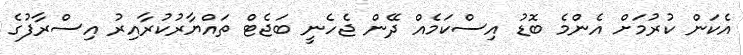
އެކަން ކުރުމަށް އެންމެ ބޮޑު އިސްކަމެއް ދޭން ޖެހެނީ ބަޖެޓް ތައްޔާރުކުރާއިރު އިސްރާފުގެ